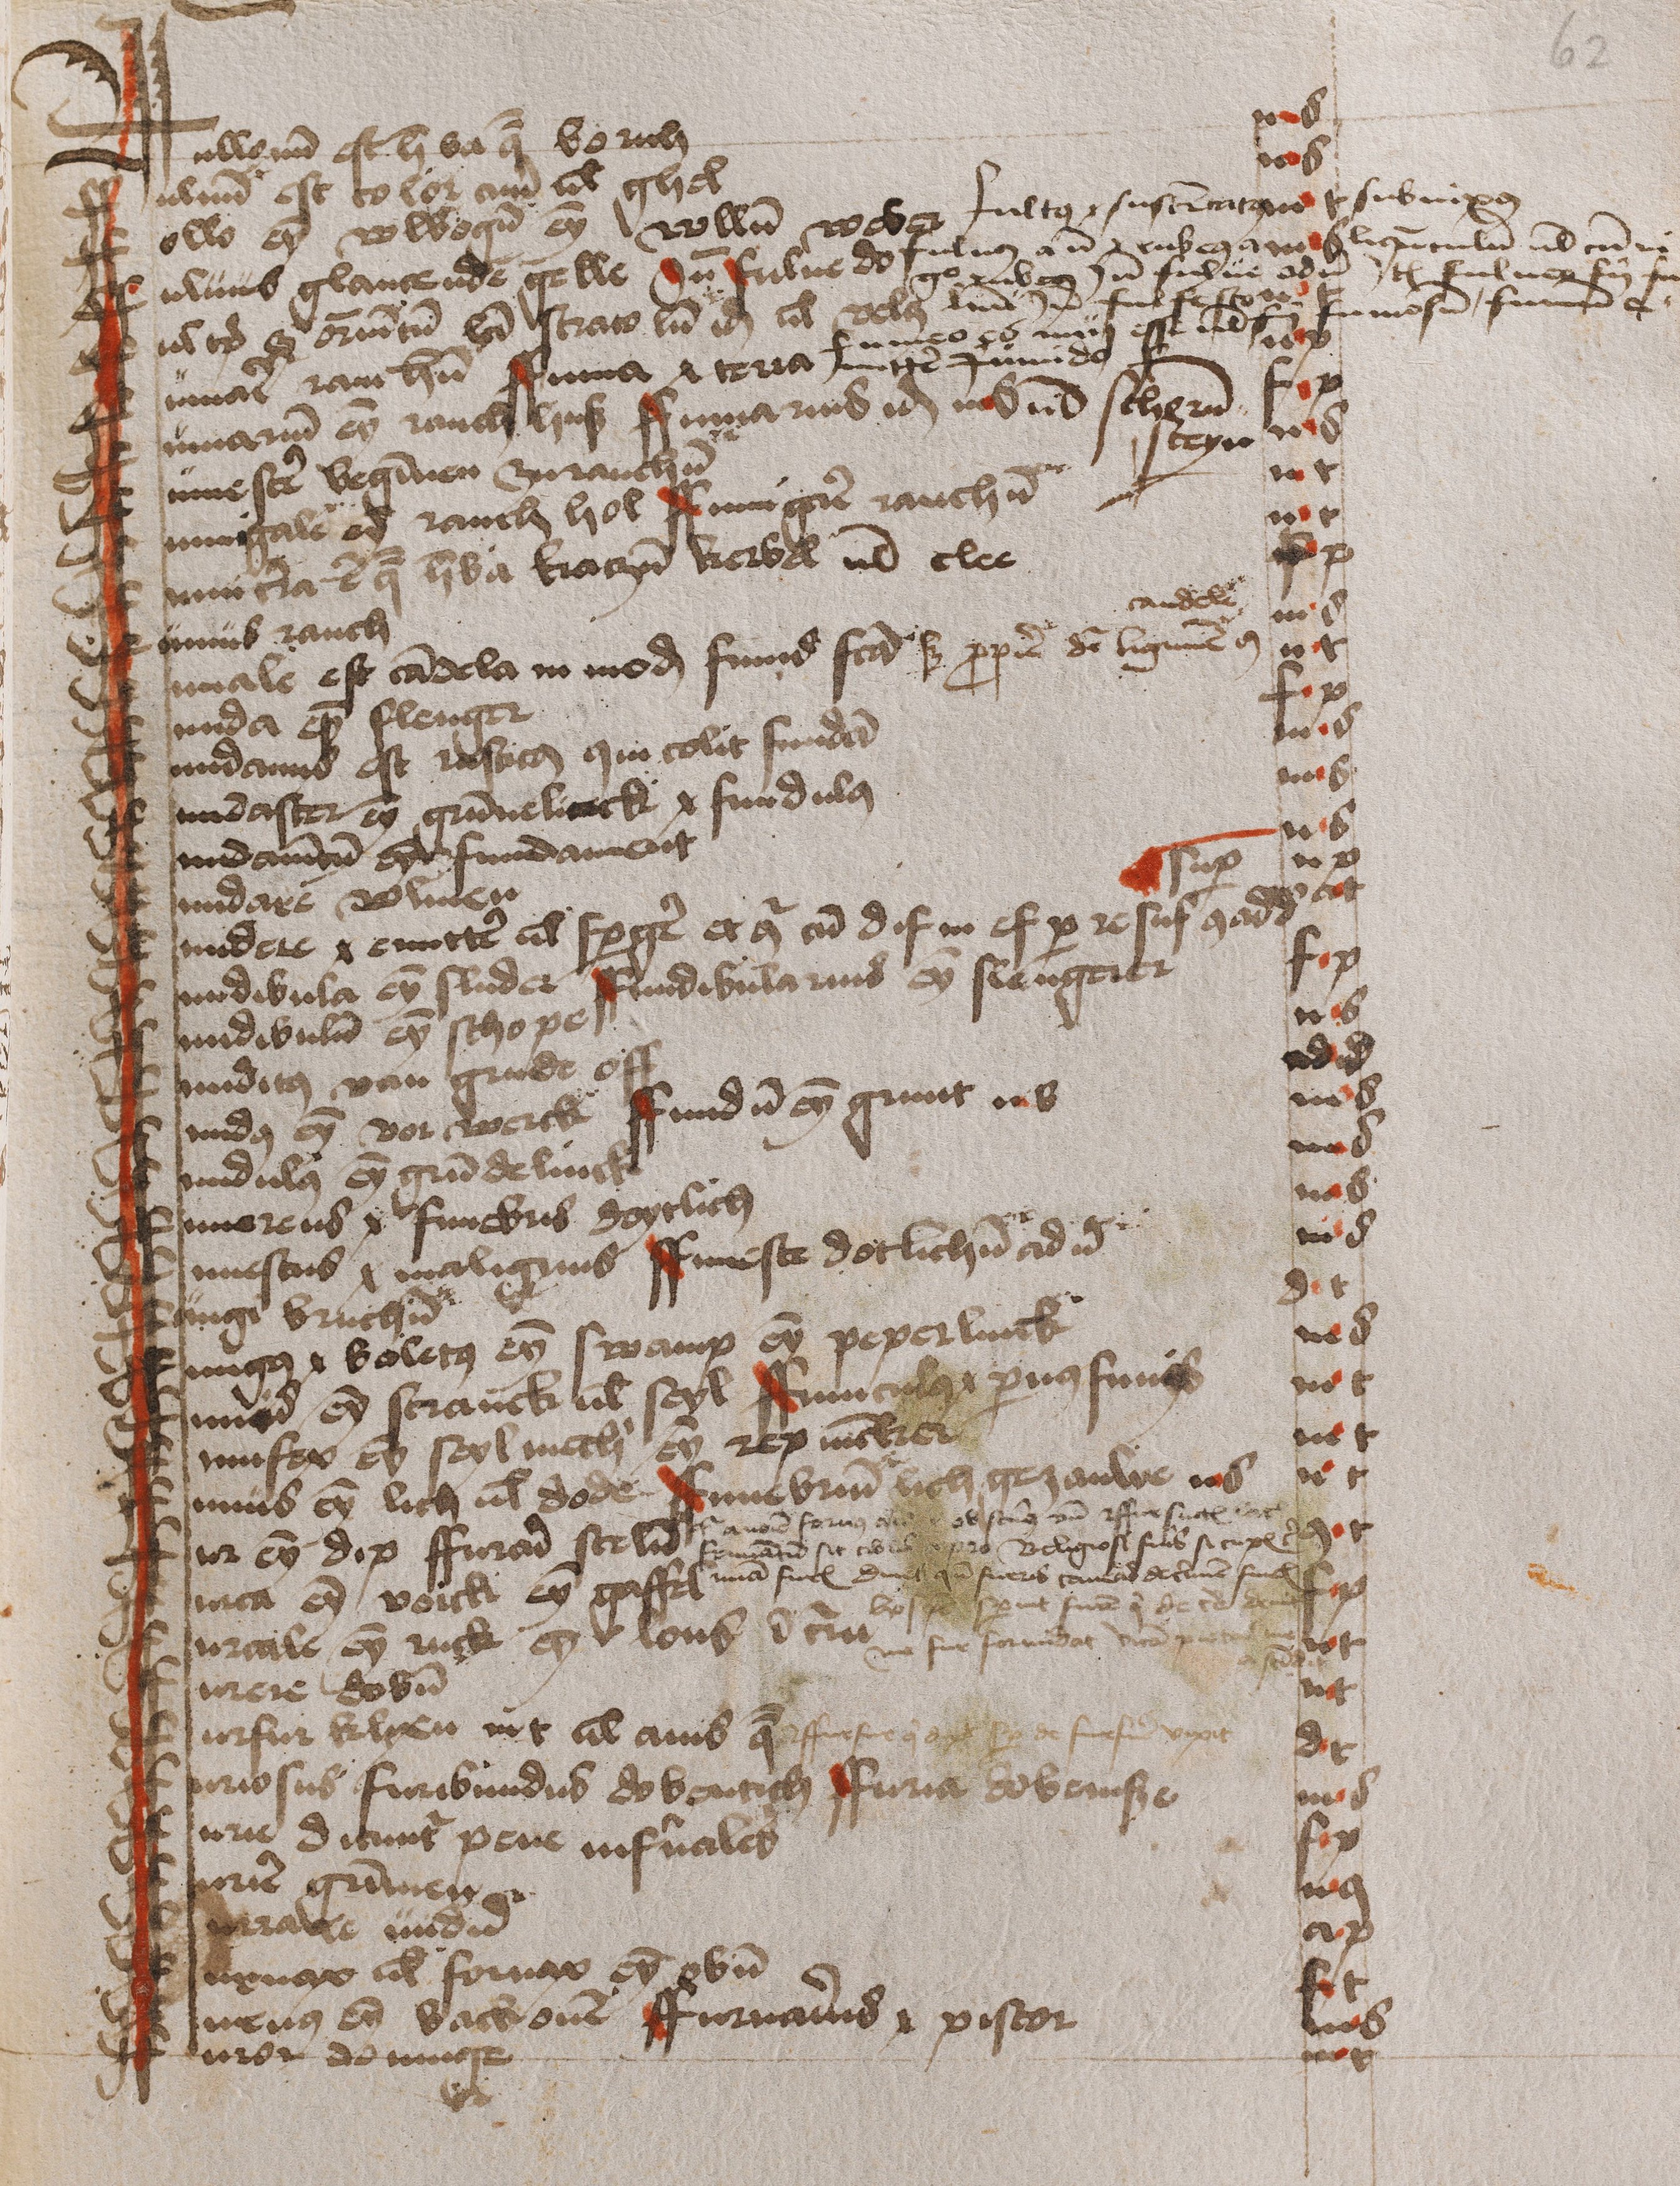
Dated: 1474–1474